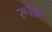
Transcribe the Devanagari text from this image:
रूब्लि